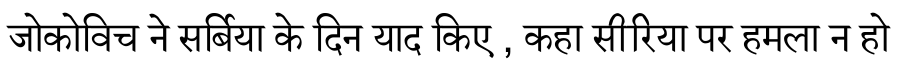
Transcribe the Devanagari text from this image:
जोकोविच ने सर्बिया के दिन याद किए , कहा सीरिया पर हमला न हो